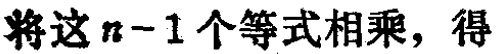
将这\(n - 1\)个等式相乘，得